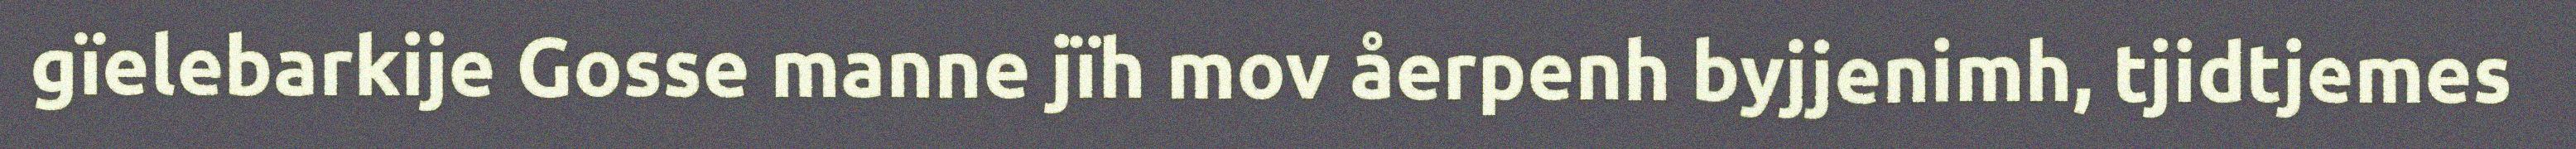
gïelebarkije Gosse manne jïh mov åerpenh byjjenimh, tjidtjemes